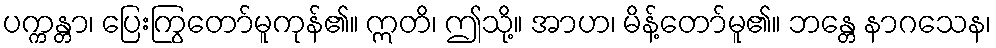
ပက္ကန္တာ၊ ပြေးကြွတော်မူကုန်၏။ ဣတိ၊ ဤသို့။ အာဟ၊ မိန့်တော်မူ၏။ ဘန္တေ နာဂသေန၊